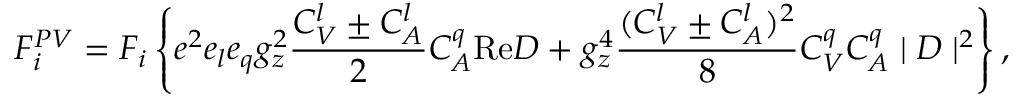
{ \cal F } _ { i } ^ { P V } = F _ { i } \left\{ e ^ { 2 } e _ { l } e _ { q } g _ { z } ^ { 2 } \frac { C _ { V } ^ { l } \pm C _ { A } ^ { l } } { 2 } C _ { A } ^ { q } \mathrm { R e } D + g _ { z } ^ { 4 } \frac { ( C _ { V } ^ { l } \pm C _ { A } ^ { l } ) ^ { 2 } } { 8 } C _ { V } ^ { q } C _ { A } ^ { q } \mid D \mid ^ { 2 } \right\} ,